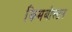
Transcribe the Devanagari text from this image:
किमबोल्टन